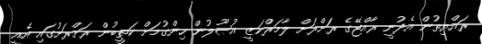
ރައްޔިތުން އެދުނީ ރާއްޖޭގެ ރަށްރަށް ލާމަރްކަޒީ އުޞޫލުން ހިންގުމަށް ކަތީބުން ރަށްރަށުގައި އެއީ